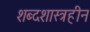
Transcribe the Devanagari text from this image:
शब्दशास्त्रहीन